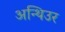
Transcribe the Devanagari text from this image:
अन्थिउर